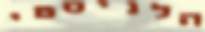
הלניסטי